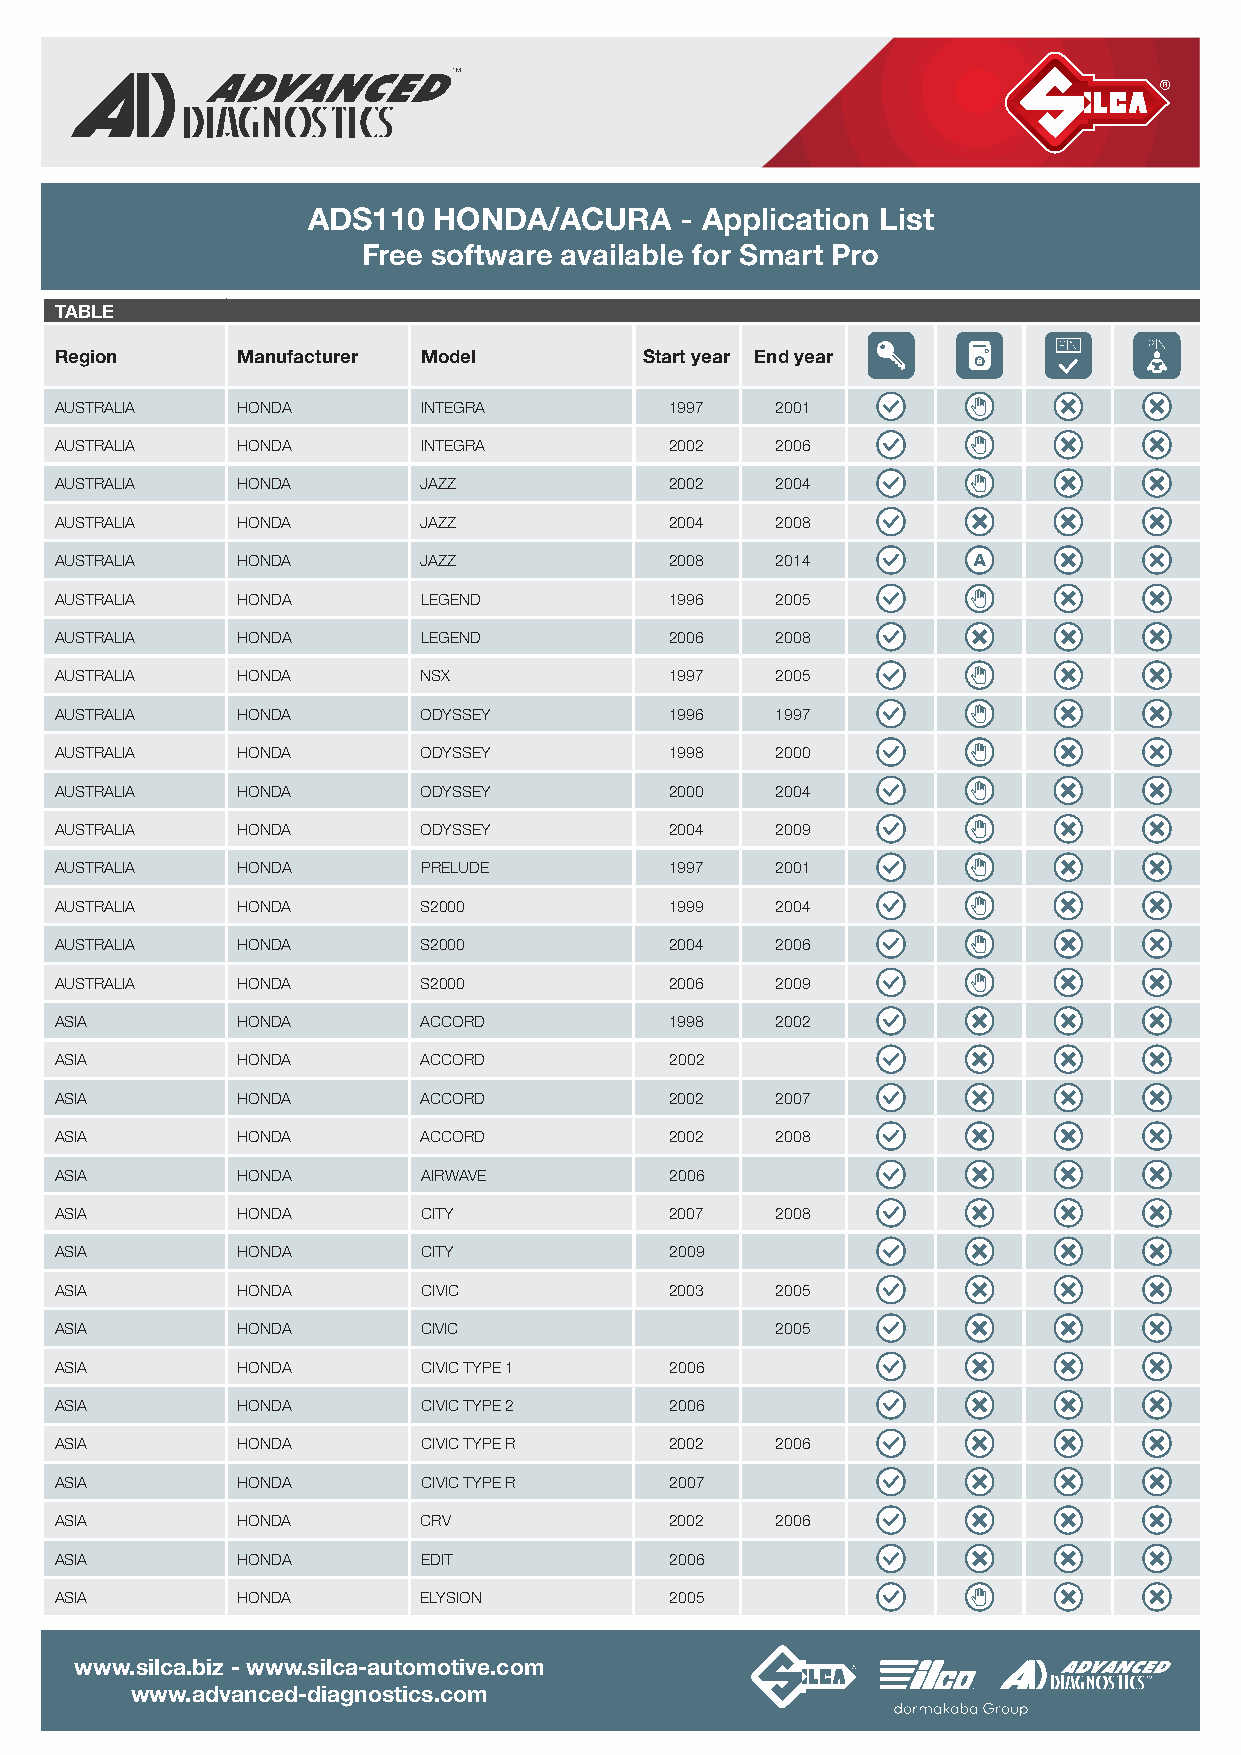
ADS110   HONDA/ACURA     - Application List
 Free software available for Smart Pro
 TABLE
 Region      Manufacturer Model         Start year End year
 AUSTRALIA   HONDA       INTEGRA         1997   2001
 AUSTRALIA   HONDA       INTEGRA         2002   2006
 AUSTRALIA   HONDA       JAZZ            2002   2004
 AUSTRALIA   HONDA       JAZZ            2004   2008
 AUSTRALIA   HONDA       JAZZ            2008   2014
 AUSTRALIA   HONDA       LEGEND          1996   2005
 AUSTRALIA   HONDA       LEGEND          2006   2008
 AUSTRALIA   HONDA       NSX             1997   2005
 AUSTRALIA   HONDA       ODYSSEY         1996   1997
 AUSTRALIA   HONDA       ODYSSEY         1998   2000
 AUSTRALIA   HONDA       ODYSSEY         2000   2004
 AUSTRALIA   HONDA       ODYSSEY         2004   2009
 AUSTRALIA   HONDA       PRELUDE         1997   2001
 AUSTRALIA   HONDA       S2000           1999   2004
 AUSTRALIA   HONDA       S2000           2004   2006
 AUSTRALIA   HONDA       S2000           2006   2009
 ASIA        HONDA       ACCORD          1998   2002
 ASIA        HONDA       ACCORD          2002
 ASIA        HONDA       ACCORD          2002   2007
 ASIA        HONDA       ACCORD          2002   2008
 ASIA        HONDA       AIRWAVE         2006
 ASIA        HONDA       CITY            2007   2008
 ASIA        HONDA       CITY            2009
 ASIA        HONDA       CIVIC           2003   2005
 ASIA        HONDA       CIVIC                  2005
 ASIA        HONDA       CIVIC TYPE 1    2006
 ASIA        HONDA       CIVIC TYPE 2    2006
 ASIA        HONDA       CIVIC TYPE R    2002   2006
 ASIA        HONDA       CIVIC TYPE R    2007
 ASIA        HONDA       CRV             2002   2006
 ASIA        HONDA       EDIT            2006
 ASIA        HONDA       ELYSION         2005
 www.silca.biz - www.silca-automotive.com
 www.advanced-diagnostics.com